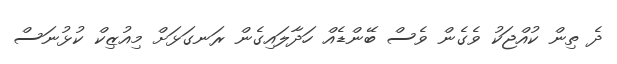
ދެ ތިން ކުއްޖަކު ވެގެން ވެސް ބޭންޑެއް ހަދާލައިގެން ރަނގަޅަށް މިއުޒިކް ކުޅުނަސް